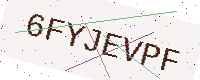
Text: 6FYJEVPF